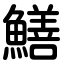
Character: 鱔